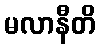
မလာနီတိ